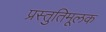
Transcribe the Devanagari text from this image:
प्रस्तुतिमूलक